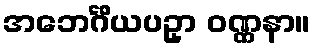
အဘေင်္ဂိယပဥှာ ဝဏ္ဏနာ။